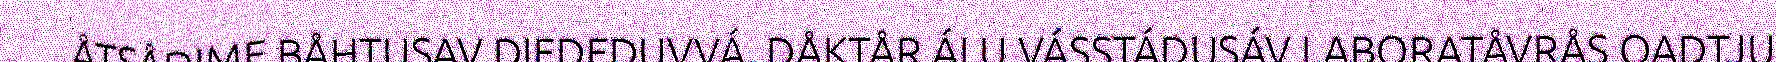
ÅTSÅDIME BÅHTUSAV DIEDEDUVVÁ. DÅKTÅR ÁLU VÁSSTÁDUSÁV LABORATÅVRÅS OADTJU